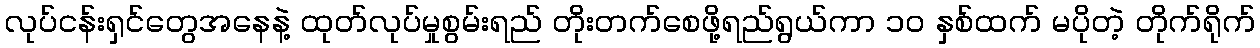
လုပ်ငန်းရှင်တွေအနေနဲ့ ထုတ်လုပ်မှုစွမ်းရည် တိုးတက်စေဖို့ရည်ရွယ်ကာ ၁၀ နှစ်ထက် မပိုတဲ့ တိုက်ရိုက်